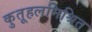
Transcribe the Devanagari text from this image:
कुतूहलमिश्रित